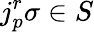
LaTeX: j_{p}^{r}\sigma\in S